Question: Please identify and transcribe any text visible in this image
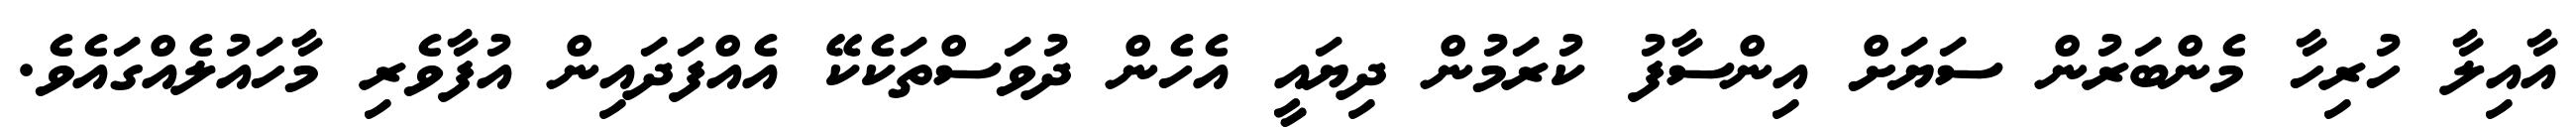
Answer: އާއިލާ ހުރިހާ މެންބަރުން ސަޔަށް އިންސާފު ކުރަމުން ދިޔައީ އެހެން ދުވަސްތަކެކޭ އެއްފަދައިން އުފާވެރި މާހައުލެއްގައެވެ.